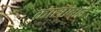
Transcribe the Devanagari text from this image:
कासाबाई